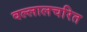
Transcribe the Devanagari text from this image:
वल्लालचरित